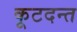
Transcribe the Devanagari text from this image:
कूटदन्त